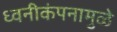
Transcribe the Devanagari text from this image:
ध्वनीकंपनामुळे